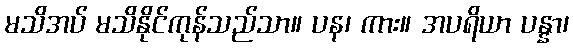
မသိအပ် မသိနိုင်ကုန်သည်သာ။ ပန၊ ကား။ အပရိယာ ပန္နာ၊